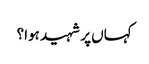
کہاں پر شہید ہوا؟